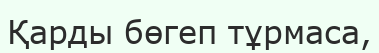
Қарды бөгеп тұрмаса,